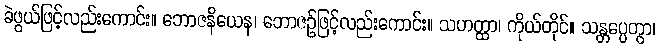
ခဲဖွယ်ဖြင့်လည်းကောင်း။ ဘောဇနိယေန၊ ဘောဇဉ်ဖြင့်လည်းကောင်း။ သဟတ္ထာ၊ ကိုယ်တိုင်။ သန္တပ္ပေတွာ၊